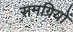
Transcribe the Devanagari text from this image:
समग्रियों